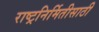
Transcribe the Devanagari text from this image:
राष्ट्रनिर्मितीसाठी